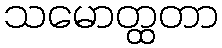
သမောတ္ထတာ